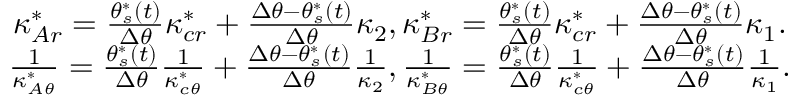
\begin{array} { c } { \kappa _ { A r } ^ { * } = \frac { \theta _ { s } ^ { * } ( t ) } { \Delta \theta } \kappa _ { c r } ^ { * } + \frac { \Delta \theta - \theta _ { s } ^ { * } ( t ) } { \Delta \theta } \kappa _ { 2 } , \kappa _ { B r } ^ { * } = \frac { \theta _ { s } ^ { * } ( t ) } { \Delta \theta } \kappa _ { c r } ^ { * } + \frac { \Delta \theta - \theta _ { s } ^ { * } ( t ) } { \Delta \theta } \kappa _ { 1 } . } \\ { \frac { 1 } { \kappa _ { A \theta } ^ { * } } = \frac { \theta _ { s } ^ { * } ( t ) } { \Delta \theta } \frac { 1 } { \kappa _ { c \theta } ^ { * } } + \frac { \Delta \theta - \theta _ { s } ^ { * } ( t ) } { \Delta \theta } \frac { 1 } { \kappa _ { 2 } } , \frac { 1 } { \kappa _ { B \theta } ^ { * } } = \frac { \theta _ { s } ^ { * } ( t ) } { \Delta \theta } \frac { 1 } { \kappa _ { c \theta } ^ { * } } + \frac { \Delta \theta - \theta _ { s } ^ { * } ( t ) } { \Delta \theta } \frac { 1 } { \kappa _ { 1 } } . } \end{array}